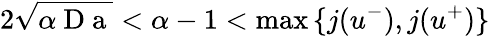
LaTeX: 2\sqrt{\alpha\mathrm{~D~a~}}<\alpha-1<\operatorname*{max}{\{ j(u^{-}),j(u^{+})\} }